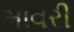
માવરી